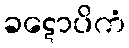
ခဋောပိကံ